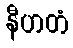
နီဟတံ